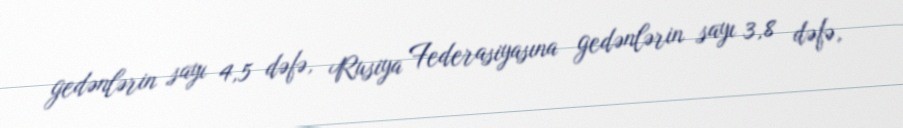
gedənlərin sayı 4,5 dəfə, Rusiya Federasiyasına gedənlərin sayı 3,8 dəfə,